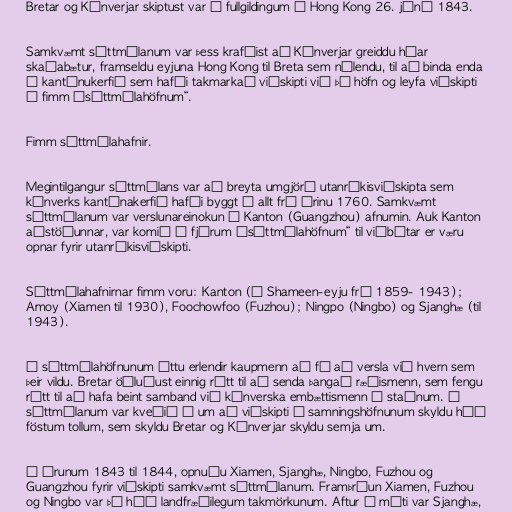
Bretar og Kínverjar skiptust var á fullgildingum í Hong Kong 26. júní 1843.

Samkvæmt sáttmálanum var þess krafðist að Kínverjar greiddu háar
skaðabætur, framseldu eyjuna Hong Kong til Breta sem nýlendu, til að binda enda
á kantónukerfið sem hafði takmarkað viðskipti við þá höfn og leyfa viðskipti
í fimm „sáttmálahöfnum“.

Fimm sáttmálahafnir.

Megintilgangur sáttmálans var að breyta umgjörð utanríkisviðskipta sem
kínverks kantónakerfið hafði byggt á allt frá árinu 1760. Samkvæmt
sáttmálanum var verslunareinokun í Kanton (Guangzhou) afnumin. Auk Kanton
aðstöðunnar, var komið á fjórum „sáttmálahöfnum“ til viðbótar er væru
opnar fyrir utanríkisviðskipti.

Sáttmálahafnirnar fimm voru: Kanton (á Shameen-eyju frá 1859- 1943);
Amoy (Xiamen til 1930), Foochowfoo (Fuzhou); Ningpo (Ningbo) og Sjanghæ (til
1943).

Í sáttmálahöfnunum áttu erlendir kaupmenn að fá að versla við hvern sem
þeir vildu. Bretar öðluðust einnig rétt til að senda þangað ræðismenn, sem fengu
rétt til að hafa beint samband við kínverska embættismenn á staðnum. Í
sáttmálanum var kveðið á um að viðskipti í samningshöfnunum skyldu háð
föstum tollum, sem skyldu Bretar og Kínverjar skyldu semja um.

Á árunum 1843 til 1844, opnuðu Xiamen, Sjanghæ, Ningbo, Fuzhou og
Guangzhou fyrir viðskipti samkvæmt sáttmálanum. Framþróun Xiamen, Fuzhou
og Ningbo var þó háð landfræðilegum takmörkunum. Aftur á móti var Sjanghæ,